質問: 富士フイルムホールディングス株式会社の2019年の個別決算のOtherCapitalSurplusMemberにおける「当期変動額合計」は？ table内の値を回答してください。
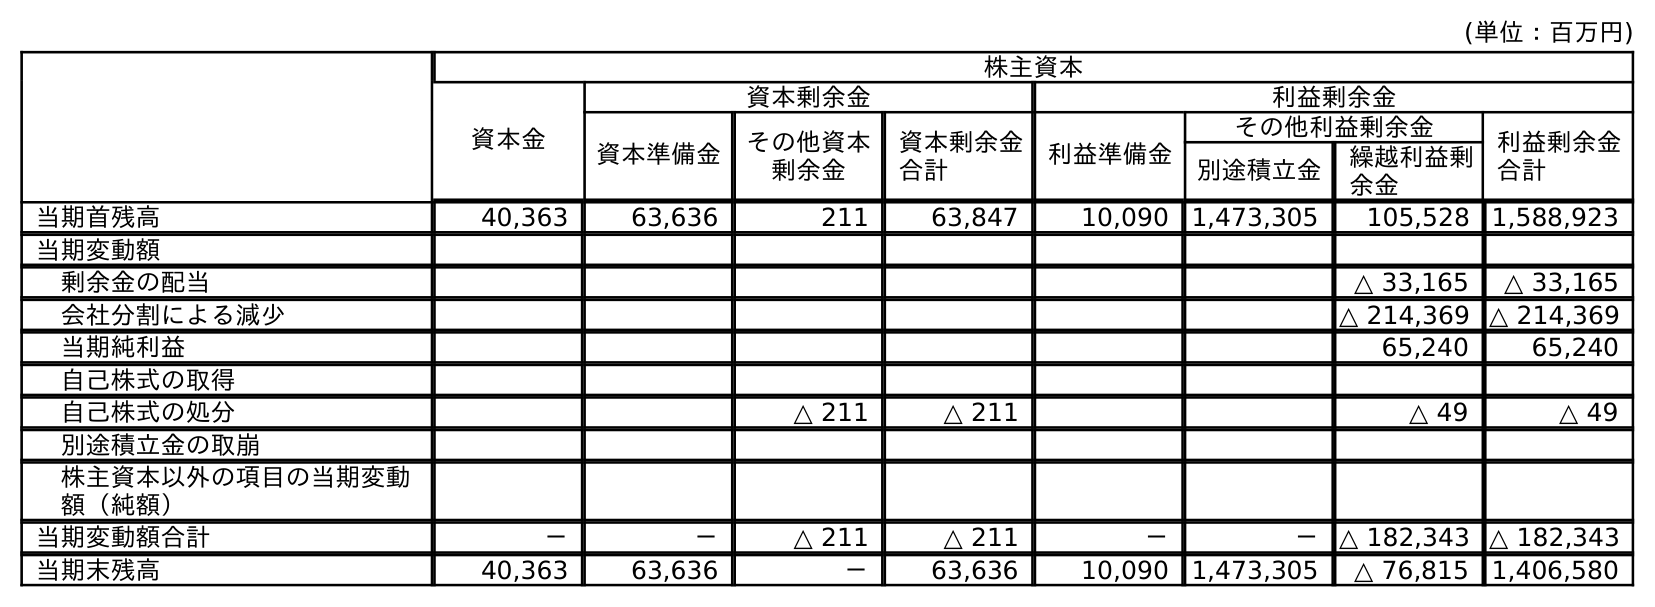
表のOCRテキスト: (単位：百万円) 株主資本 資本金 資本剰余金 利益剰余金 資本準備金 その他資本 剰余金 資本剰余金 合計 利益準備金 その他利益剰余金 利益剰余金 合計 別途積立金 繰越利益剰 余金 当期首残高 40,363 63,636 211 63,847 10,090 1,473,305 105,528 1,588,923 当期変動額 剰余金の配当 △ 33,165 △ 33,165 会社分割による減少 △ 214,369 △ 214,369 当期純利益 65,240 65,240 自己株式の取得 自己株式の処分 △ 211 △ 211 △ 49 △ 49 別途積立金の取崩 株主資本以外の項目の当期変動 額（純額） 当期変動額合計 － － △ 211 △ 211 － － △ 182,343 △ 182,343 当期末残高 40,363 63,636 － 63,636 10,090 1,473,305 △ 76,815 1,406,580
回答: △211